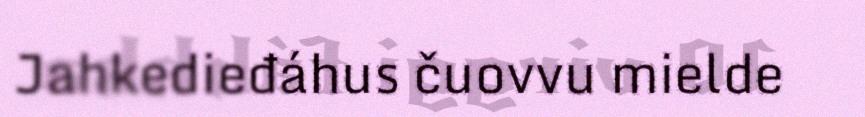
Jahkedieđáhus čuovvu mielde